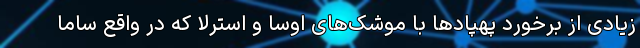
زیادی از برخورد پهپادها با موشک‌های اوسا و استرلا که در واقع ساما